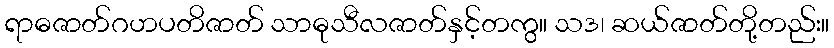
ရာဓဇာတ်ဂဟပတိဇာတ် သာဓုသီလဇာတ်နှင့်တကွ။ သဒ၊ ဆယ်ဇာတ်တို့တည်း။